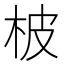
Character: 柀